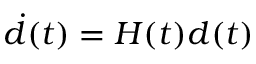
{ \dot { d } } ( t ) = H ( t ) d ( t )